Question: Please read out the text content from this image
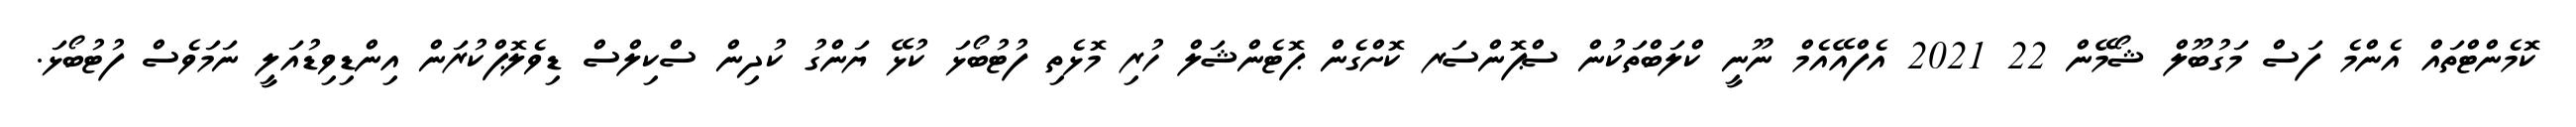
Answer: ކޮމެންޓްތައް އެންމެ ފަސް މަގުބޫލް ޝޯމޭން 22 2021 އެފްއޭއެމް ނޫނީ ކްލަބްތަކުން ސްޕޮންސަރ ކޮށްގެން ޕޮޓެންޝަލް ހުރި މޮޅެތި ފުޓުބޯޅަ ކުޅޭ ޔަންގު ކުދިން ސްކިލްސް ޑިވެލޮޕްކުރަން އިންޑިވިޑުއަލީ ނަމަވެސް ފުޓުބޯޅަ.